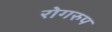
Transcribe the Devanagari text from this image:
रोगरुप